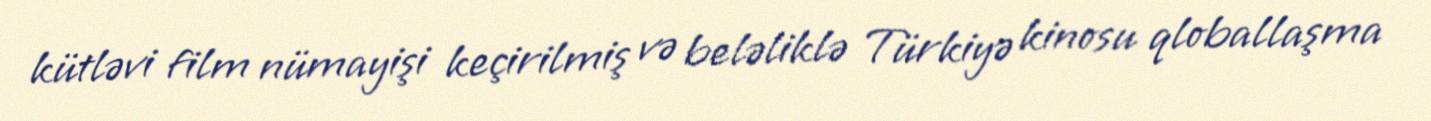
kütləvi film nümayişi keçirilmiş və beləliklə Türkiyə kinosu qloballaşma